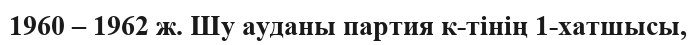
1960 – 1962 ж. Шу ауданы партия к-тінің 1-хатшысы,